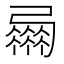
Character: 𢐴